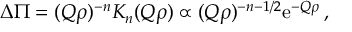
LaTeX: \sum _ { i = 1 } ^ { 2 } C ^ { ( 1 0 ) } + C ^ { ( 8 ) } \wedge ( F _ { i } + B _ { i } )